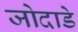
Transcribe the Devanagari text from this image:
जोदाडे